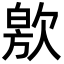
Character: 㰾